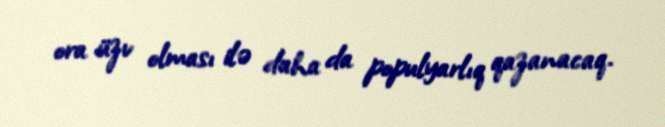
ora üzv olması ilə daha da populyarlıq qazanacaq.